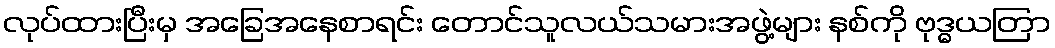
လုပ်ထားပြီးမှ အခြေအနေစာရင်း တောင်သူလယ်သမားအဖွဲ့များ နစ်ကို ဗုဒ္ဓယတြာ